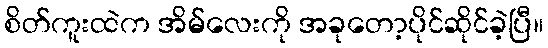
စိတ်ကူးထဲက အိမ်လေးကို အခုတော့ပိုင်ဆိုင်ခဲ့ပြီ။